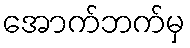
အောက်ဘက်မှ